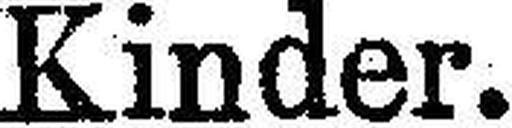
Kinder.